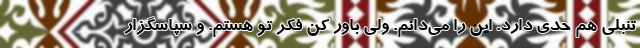
تنبلی هم حدی دارد. این را می‌دانم. ولی باور کن فکر تو هستم. و سپاسگزار